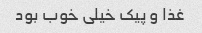
غذا و پیک خیلی خوب بود